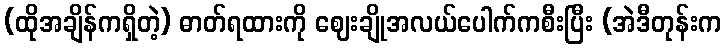
(ထိုအချိန်ကရှိတဲ့) ဓာတ်ရထားကို ဈေးချိုအလယ်ပေါက်ကစီးပြီး (အဲဒီတုန်းက